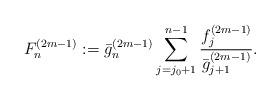
LaTeX: \begin{align*}F^{(2m-1)}_n := \bar{g}_n^{(2m-1)}\sum_{j= j_0+1}^{n-1} \frac{ f_j^{(2m-1)}}{ \bar{g}_{j+1}^{(2m-1)}}.\end{align*}